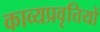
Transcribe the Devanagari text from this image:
काव्यप्रवृत्तियों